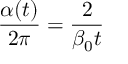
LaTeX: { \frac { \alpha ( t ) } { 2 \pi } } = { \frac { 2 } { \beta _ { 0 } t } }